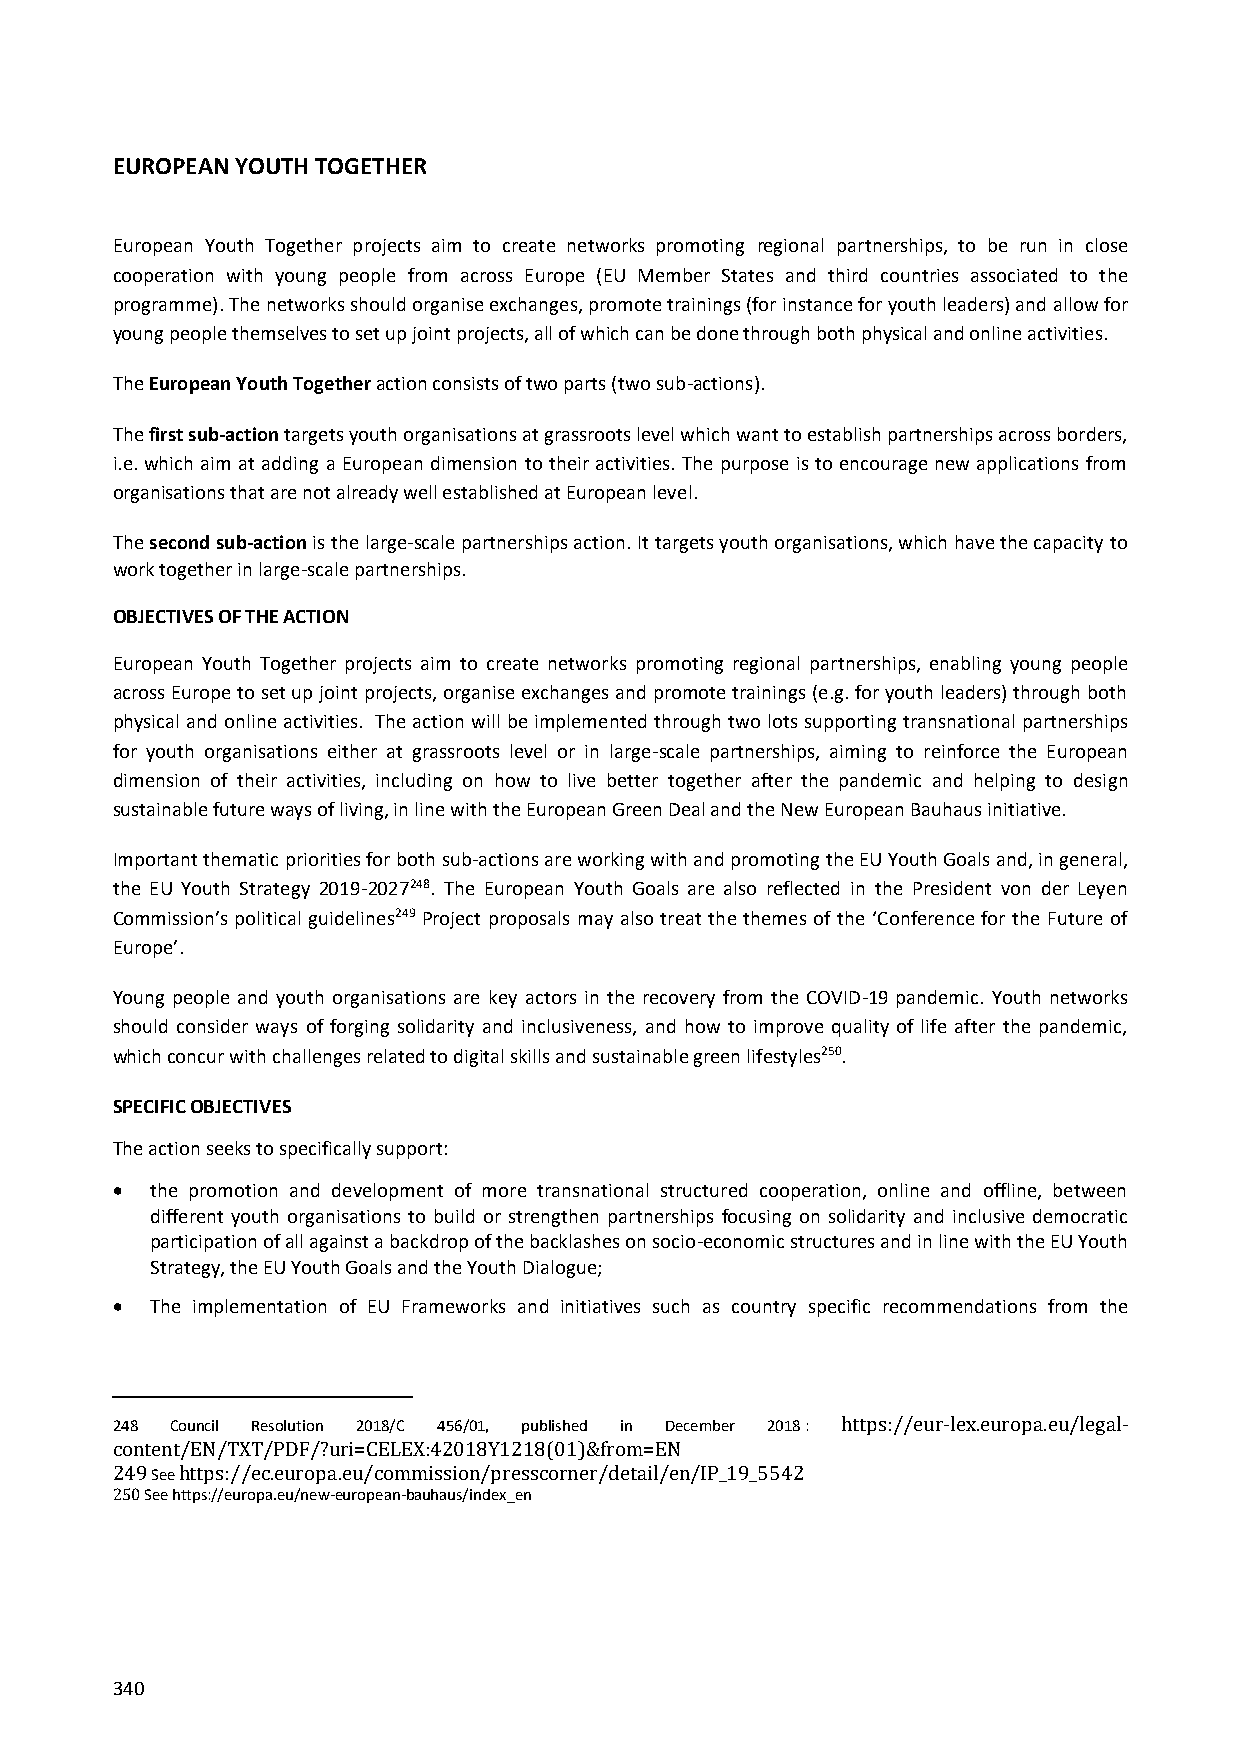
EUROPEAN YOUTH TOGETHER
 European Youth Together projects aim to create networks promoting regional partnerships, to be run in close
 cooperation with young people from across Europe (EU Member States and third countries associated to the
 programme). The networks should organise exchanges, promote trainings (for instance for youth leaders) and allow for
 young people themselves to set up joint projects, all of which can be done through both physical and online activities.
 The European Youth Together action consists of two parts (two sub-actions).
 The first sub-action targets youth organisations at grassroots level which want to establish partnerships across borders,
 i.e. which aim at adding a European dimension to their activities. The purpose is to encourage new applications from
 organisations that are not already well established at European level.
 The second sub-action is the large-scale partnerships action. It targets youth organisations, which have the capacity to
 work together in large-scale partnerships.
 OBJECTIVES OF THE ACTION
 European Youth Together projects aim to create networks promoting regional partnerships, enabling young people
 across Europe to set up joint projects, organise exchanges and promote trainings (e.g. for youth leaders) through both
 physical and online activities. The action will be implemented through two lots supporting transnational partnerships
 for youth organisations either at grassroots level or in large-scale partnerships, aiming to reinforce the European
 dimension of their activities, including on how to live better together after the pandemic and helping to design
 sustainable future ways of living, in line with the European Green Deal and the New European Bauhaus initiative.
 Important thematic priorities for both sub-actions are working with and promoting the EU Youth Goals and, in general,
 the EU Youth Strategy 2019-2027248. The European Youth Goals are also reflected in the President von der Leyen
 Commission’s political guidelines249 Project proposals may also treat the themes of the ‘Conference for the Future of
 Europe’.
 Young people and youth organisations are key actors in the recovery from the COVID-19 pandemic. Youth networks
 should consider ways of forging solidarity and inclusiveness, and how to improve quality of life after the pandemic,
 which concur with challenges related to digital skills and sustainable green lifestyles250.
 SPECIFIC OBJECTIVES
 The action seeks to specifically support:
   the promotion and development of more transnational structured cooperation, online and offline, between
 different youth organisations to build or strengthen partnerships focusing on solidarity and inclusive democratic
 participation of all against a backdrop of the backlashes on socio-economic structures and in line with the EU Youth
 Strategy, the EU Youth Goals and the Youth Dialogue;
   The implementation of EU Frameworks and initiatives such as country specific recommendations from the
 248 Council Resolution 2018/C 456/01, published in December 2018 : https://eur-lex.europa.eu/legal-
 content/EN/TXT/PDF/?uri=CELEX:42018Y1218(01)&from=EN
 249 See https://ec.europa.eu/commission/presscorner/detail/en/IP_19_5542
 250 See https://europa.eu/new-european-bauhaus/index_en
 340